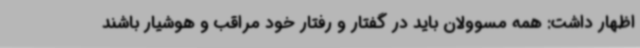
اظهار داشت: همه مسوولان باید در گفتار و رفتار خود مراقب و هوشیار باشند